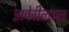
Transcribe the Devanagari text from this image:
झवेरीलाल